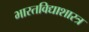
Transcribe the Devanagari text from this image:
भारतविद्याशास्त्र